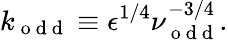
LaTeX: k_{\mathrm{~o~d~d~}}\equiv\epsilon^{1/4}\nu_{\mathrm{~o~d~d~}}^{-3/4}.